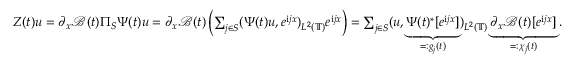
\begin{array} { r } { Z ( t ) u = \partial _ { x } \mathcal { B } ( t ) \Pi _ { S } \Psi ( t ) u = \partial _ { x } \mathcal { B } ( t ) \left( \sum _ { j \in S } ( \Psi ( t ) u , e ^ { \mathrm { i } j x } ) _ { L ^ { 2 } ( \mathbb { T } ) } e ^ { \mathrm { i } j x } \right) = \sum _ { j \in S } ( u , \underbrace { \Psi ( t ) ^ { * } [ e ^ { \mathrm { i } j x } ] } _ { = : g _ { j } ( t ) } ) _ { L ^ { 2 } ( \mathbb { T } ) } \underbrace { \partial _ { x } \mathcal { B } ( t ) [ e ^ { \mathrm { i } j x } ] } _ { = : \chi _ { j } ( t ) } . } \end{array}